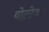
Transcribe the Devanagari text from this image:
वोल्टेजों